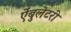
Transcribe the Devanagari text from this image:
ऐंबुलेटरी